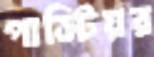
পাস্টিয়র